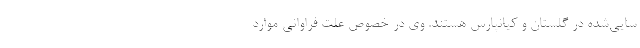
سایی‌شده در گلستان و کیانپارس هستند. وی در خصوص علت فراوانی موارد